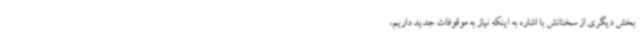
بخش دیگری از سخنانش با اشاره به اینکه نیاز به موقوفات جدید داریم،